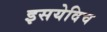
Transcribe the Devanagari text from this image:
इसयेविच